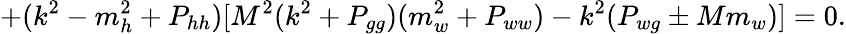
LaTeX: +(k^{2}-m_{h}^{2}+P_{hh})[M^{2}(k^{2}+P_{gg})(m_{w}^{2}+P_{ww})-k^{2}(P_{wg}\pm Mm_{w})]=0.